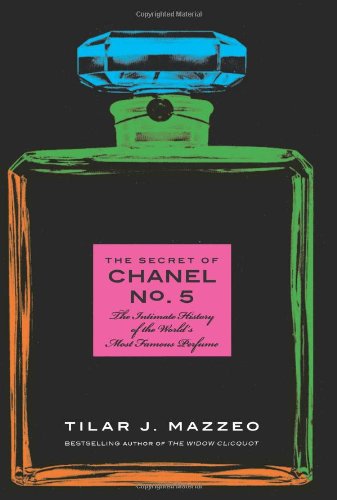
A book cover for The Secret of Chanel No. 5: The Intimate History of the World's Most Famous Perfume; Tilar J. Mazzeo; Health, Fitness & Dieting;